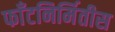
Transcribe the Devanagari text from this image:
फाँटनिर्मितीस